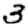
Digit: 3